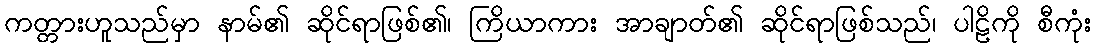
ကတ္တားဟူသည်မှာ နာမ်၏ ဆိုင်ရာဖြစ်၏၊ ကြိယာကား အာချာတ်၏ ဆိုင်ရာဖြစ်သည်၊ ပါဠိကို စီကုံး